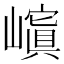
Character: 𡽆